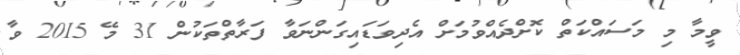
ވީމާ މި މަސައްކަތް ކޮށްދެއްވުމަށް އެދިވަޑައިގަންނަވާ ފަރާތްތަކުން 31 މޭ 2015 ވާ